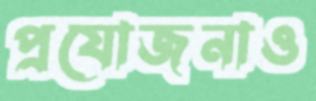
প্রযোজনাও